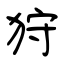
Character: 狩